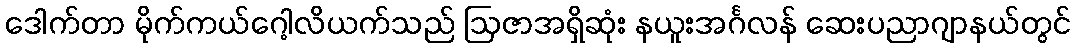
ဒေါက်တာ မိုက်ကယ်ဂေါ့လိယက်သည် ဩဇာအရှိဆုံး နယူးအင်္ဂလန် ဆေးပညာဂျာနယ်တွင်